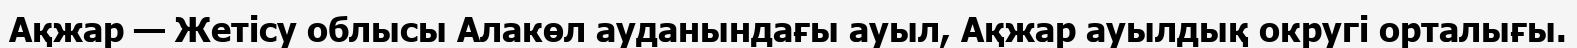
Ақжар — Жетісу облысы Алакөл ауданындағы ауыл, Ақжар ауылдық округі орталығы.